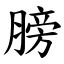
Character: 膀